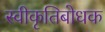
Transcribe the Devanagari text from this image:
स्वीकृतिबोधक